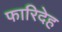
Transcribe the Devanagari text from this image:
फारिदेह